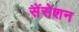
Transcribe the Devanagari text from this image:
सेंसेशन